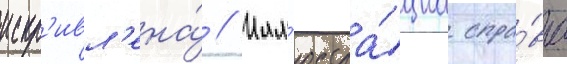
искр'ивл'ена́ // Илл'юстра́циа спра́ва